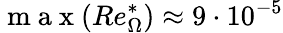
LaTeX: \mathrm{~m~a~x~}(Re_{\Omega}^{*})\approx 9\cdot 10^{-5}